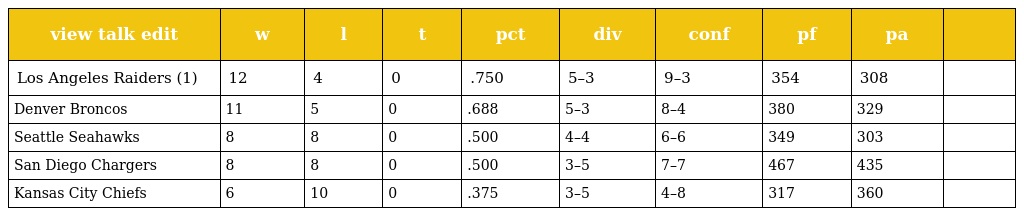
| view talk edit | w | l | t | pct | div | conf | pf | pa |  |
 | --- | --- | --- | --- | --- | --- | --- | --- | --- | --- |
 | Los Angeles Raiders (1) | 12 | 4 | 0 | .750 | 5–3 | 9–3 | 354 | 308 |  |
 | Denver Broncos | 11 | 5 | 0 | .688 | 5–3 | 8–4 | 380 | 329 |  |
 | Seattle Seahawks | 8 | 8 | 0 | .500 | 4–4 | 6–6 | 349 | 303 |  |
 | San Diego Chargers | 8 | 8 | 0 | .500 | 3–5 | 7–7 | 467 | 435 |  |
 | Kansas City Chiefs | 6 | 10 | 0 | .375 | 3–5 | 4–8 | 317 | 360 |  |